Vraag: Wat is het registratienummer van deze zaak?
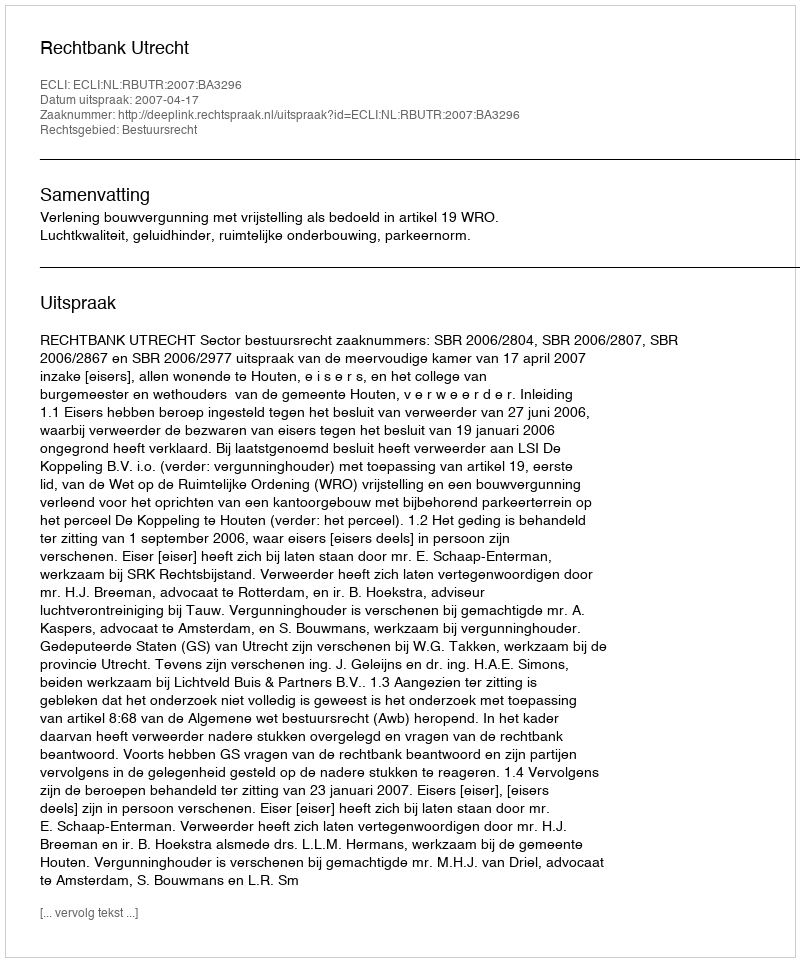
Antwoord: http://deeplink.rechtspraak.nl/uitspraak?id=ECLI:NL:RBUTR:2007:BA3296